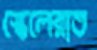
স্কেলেরাত